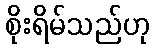
စိုးရိမ်သည်ဟု